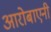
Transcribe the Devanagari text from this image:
आरोबाएनी